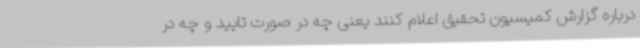
درباره گزارش کمیسیون تحقیق اعلام کنند یعنی چه در صورت تایید و چه در